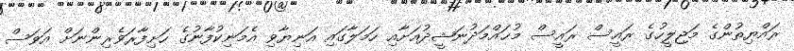
ރައްޔިތުންގެ މަޖިލީހުގެ ރައީސް ރައީސް މުޙައްމަދުނަޝީދުއަށާއި ހަމަލާގައި އަނިޔާވި އެމަނިކުފާނުގެ ހަށިފާރަވެރިންނަށް އަވަސް